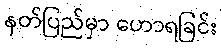
နတ်ပြည်မှာ ဟောရခြင်း